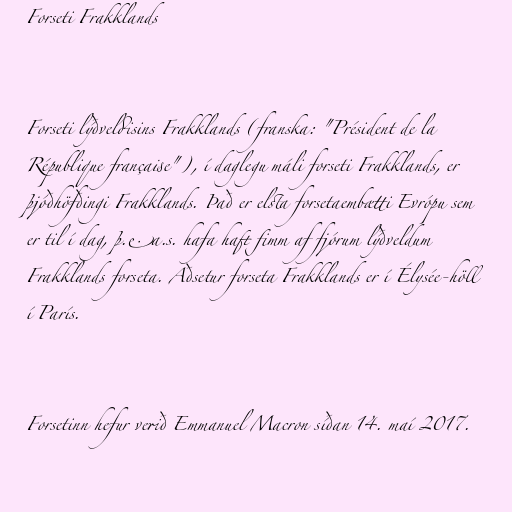
Forseti Frakklands

Forseti lýðveldisins Frakklands (franska: "Président de la
République française"), í daglegu máli forseti Frakklands, er
þjóðhöfðingi Frakklands. Það er elsta forsetaembætti Evrópu sem
er til í dag, þ.e.a.s. hafa haft fimm af fjórum lýðveldum
Frakklands forseta. Aðsetur forseta Frakklands er í Élysée-höll
í París.

Forsetinn hefur verið Emmanuel Macron síðan 14. maí 2017.